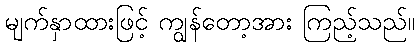
မျက်နှာထားဖြင့် ကျွန်တော့အား ကြည့်သည်။